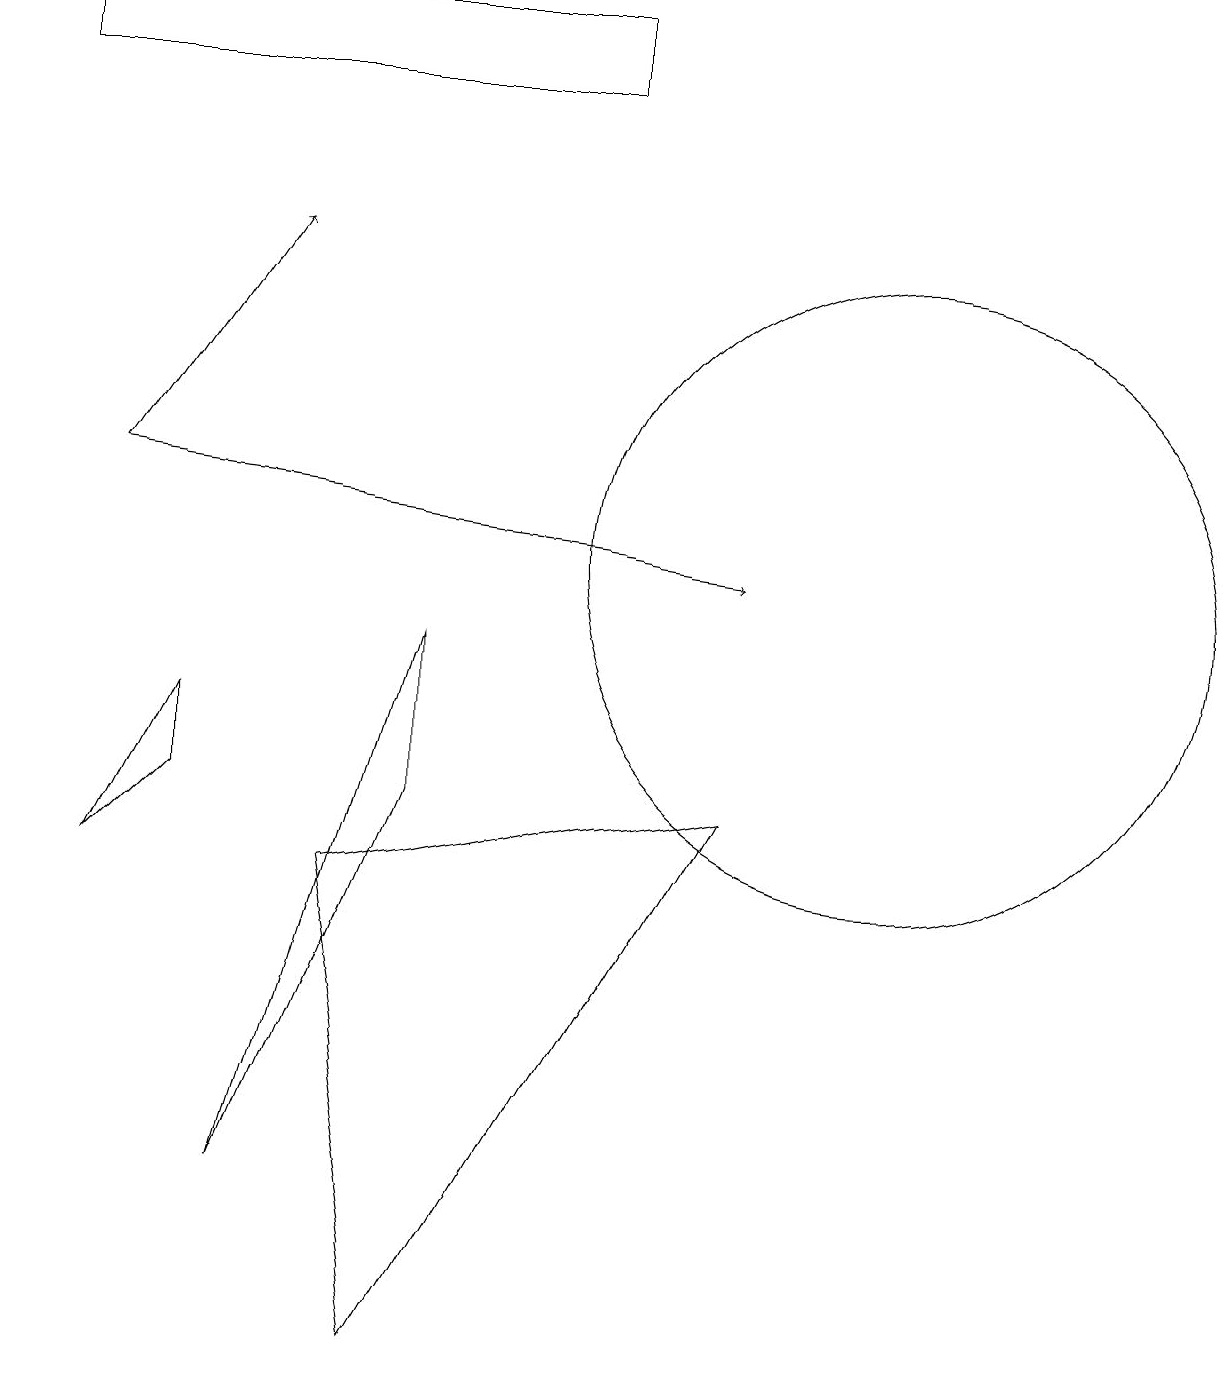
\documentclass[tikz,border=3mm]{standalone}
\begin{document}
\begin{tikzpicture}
\draw (1,6) -- (2,7) -- (2,8) -- cycle;
\draw (11,10) circle (4);
\draw (0,17) rectangle (7,16);
\draw (4,6) -- (9,7) -- (5,0) -- cycle;
\draw[->] (1,11) -- (9,10);
\draw[->] (1,11) -- (3,14);
\draw (5,7) -- (3,2) -- (5,9) -- cycle;
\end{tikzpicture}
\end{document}